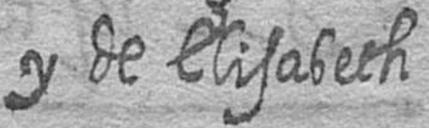
y de Elisabeth